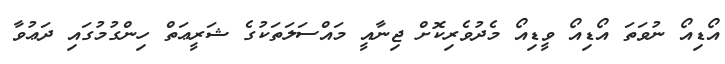
އޯޑިއޯ ނުވަތަ އޯޑިއޯ ވީޑިއޯ މެދުވެރިކޮށް ޖިނާއީ މައްސަލަތަކުގެ ޝަރީޢަތް ހިންގުމުގައި ދަޢުވާ